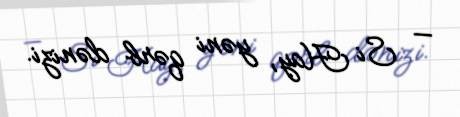
— Si Hay, yəni qərb dənizi.